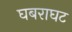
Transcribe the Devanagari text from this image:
घबराघट